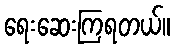
ရေးဆေးကြရတယ်။